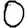
Digit: 0